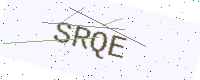
Text: SRQE